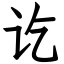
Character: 讫